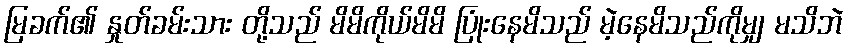
မြခက်၏ နှုတ်ခမ်းသား တို့သည် မိမိကိုယ်မိမိ ပြုံးနေမိသည် မဲ့နေမိသည်ကိုမျှ မသိဘဲ